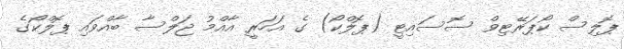
ޕޮލިސް ކޯޕަރޭޓިވް ސޮސައިޓީ (ޕޮލްކޯ) ގެ އަހަރީ އާއްމު ޖަލްސާ ބާއްވައި ޕޮލްކޯގެ